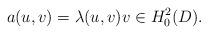
LaTeX: \begin{align*}a(u,v) =\lambda(u,v) v \in H_0^2(D) .\end{align*}